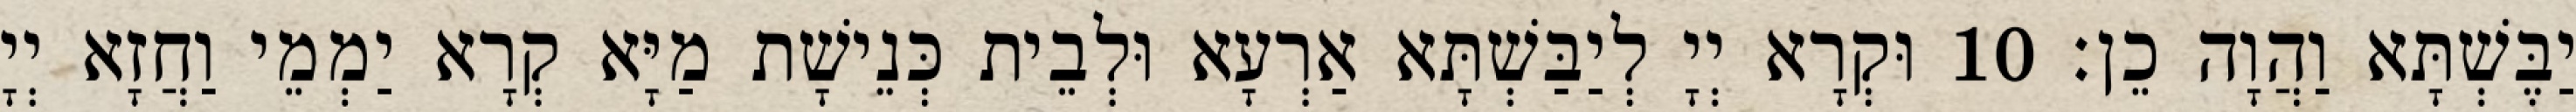
יַבֶּשְׁתָּא וַהֲוָה כֵן׃ 10 וּקְרָא יְיָ לְיַבַּשְׁתָּא אַרְעָא וּלְבֵית כְּנֵישָׁת מַיָּא קְרָא יַמְמֵי וַחֲזָא יְיָ